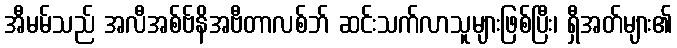
အီမမ်သည် အလီအစ်ဗ်နိအဗီတာလစ်ဘ် ဆင်းသက်လာသူများဖြစ်ပြီး၊ ရှီအတ်များ၏